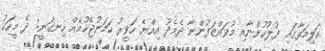
އަލިމަތާގައި ފުލުހުންނާއި މުވައްޒަފުންނާ ދެމެދު އިއްޔެ ހަވީރު ހަމަނުޖެހުމެއް ހިނގަނީ: ދެ މީހަކު